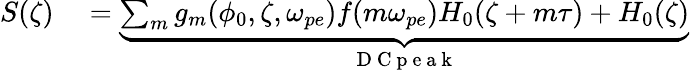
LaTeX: \begin{array}{rl}{S(\zeta)}&{{}=\underbrace{\sum_{m}g_{m}(\phi_{0},\zeta,\omega_{pe})f(m\omega_{pe})H_{0}(\zeta+m\tau)+H_{0}(\zeta)}_{\mathrm{~D~C~p~e~a~k~}}}\end{array}